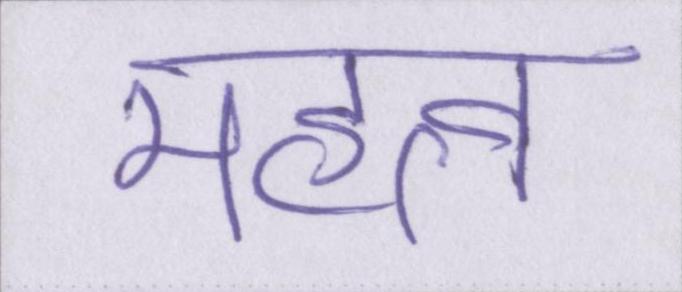
महत्व